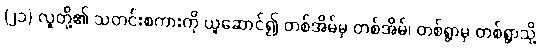
(၂၁) လူတို့၏ သတင်းစကားကို ယူဆောင်၍ တစ်အိမ်မှ တစ်အိမ်၊ တစ်ရွာမှ တစ်ရွာသို့